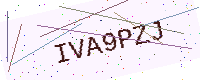
Text: IVA9PZJ